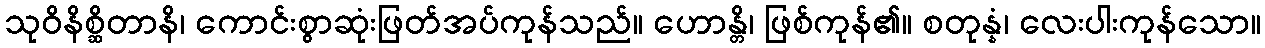
သုဝိနိစ္ဆိတာနိ၊ ကောင်းစွာဆုံးဖြတ်အပ်ကုန်သည်။ ဟောန္တိ၊ ဖြစ်ကုန်၏။ စတုန္နံ၊ လေးပါးကုန်သော။